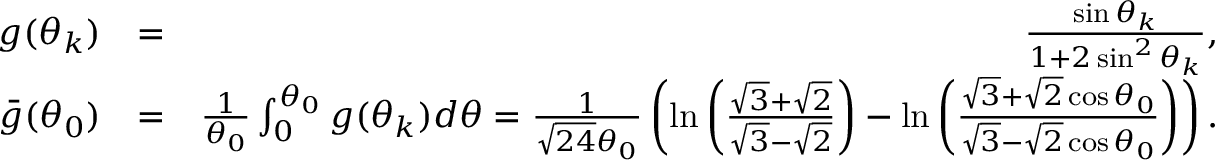
\begin{array} { r l r } { g ( \theta _ { k } ) } & { = } & { \frac { \sin \theta _ { k } } { 1 + 2 \sin ^ { 2 } \theta _ { k } } , } \\ { \bar { g } ( \theta _ { 0 } ) } & { = } & { \frac { 1 } { \theta _ { 0 } } \int _ { 0 } ^ { \theta _ { 0 } } g ( \theta _ { k } ) d \theta = \frac { 1 } { \sqrt { 2 4 } \theta _ { 0 } } \left( \ln \left( \frac { \sqrt { 3 } + \sqrt { 2 } } { \sqrt { 3 } - \sqrt { 2 } } \right) - \ln \left( \frac { \sqrt { 3 } + \sqrt { 2 } \cos \theta _ { 0 } } { \sqrt { 3 } - \sqrt { 2 } \cos \theta _ { 0 } } \right) \right) . } \end{array}